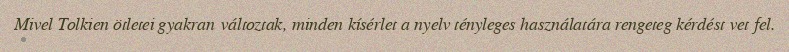
Mivel Tolkien ötletei gyakran változtak, minden kísérlet a nyelv tényleges használatára rengeteg kérdést vet fel.